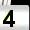
Digit: 4